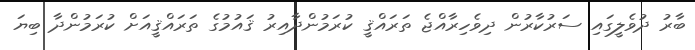
ބާރު ދުވެލީގައި ސަރުކާރުން ދިވެހިރާއްޖެ ތަރައްޤީ ކުރަމުންދާއިރު ޤައުމުގެ ތަރައްޤީއަށް ކުރަމުންދާ ބިޔަ